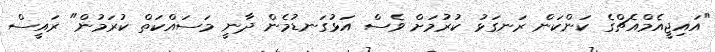
"އައިޖީއެމްއެޗްގެ ކަންކަން ރަނގަޅު ކުރުމަށް ވެސް އަޅުގަނޑުމެން ދާނީ މަސައްކަތް ކުރަމުން" ރައީސް